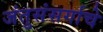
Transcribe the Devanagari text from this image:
जंतुसंसर्गाचे